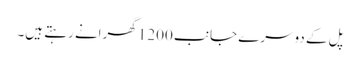
پل کے دوسرے جانب 1200 گھرانے رہتے ہیں۔